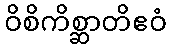
ဝိစိကိစ္ဆာတိဧဝံ